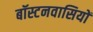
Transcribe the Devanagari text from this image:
बॉस्टनवासियों